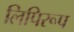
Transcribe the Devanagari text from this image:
लिपिरूप